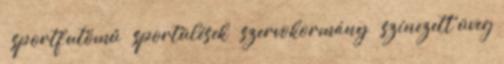
– sportfutómű – sportülések – szervokormány – színezett üveg